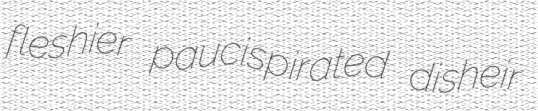
fleshier paucispirated disheir